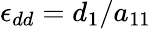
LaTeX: \epsilon_{dd}=d_{1}/a_{11}